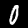
Label: 0